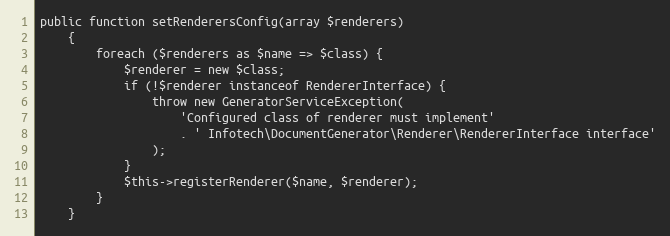
Language: PHP
public function setRenderersConfig(array $renderers)
    {
        foreach ($renderers as $name => $class) {
            $renderer = new $class;
            if (!$renderer instanceof RendererInterface) {
                throw new GeneratorServiceException(
                    'Configured class of renderer must implement'
                    . ' Infotech\DocumentGenerator\Renderer\RendererInterface interface'
                );
            }
            $this->registerRenderer($name, $renderer);
        }
    }